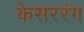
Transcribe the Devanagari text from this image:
केसररंग